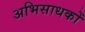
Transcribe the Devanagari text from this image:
अभिसाधकों